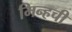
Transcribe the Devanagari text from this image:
मिन्हची